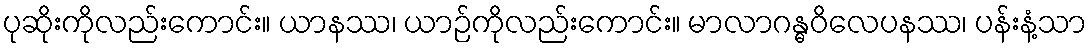
ပုဆိုးကိုလည်းကောင်း။ ယာနဿ၊ ယာဉ်ကိုလည်းကောင်း။ မာလာဂန္ဓဝိလေပနဿ၊ ပန်းနံ့သာ